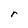
Character: r